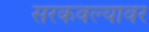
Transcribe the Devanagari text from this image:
सरकवल्यावर